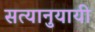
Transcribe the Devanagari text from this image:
सत्यानुयायी